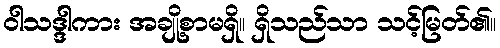
ဝါသဒ္ဒါကား အချို့စာမရှိ။ ရှိသည်သာ သင့်မြတ်၏။